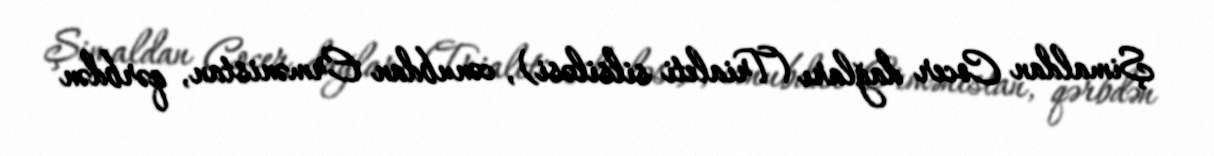
Şimaldan Cocer dağları (Trialeti silsiləsi), cənubdan Ermənistan, qərbdən